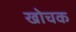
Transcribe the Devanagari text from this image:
खोचक